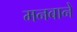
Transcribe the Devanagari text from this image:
मनबाने